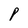
Character: P